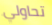
تحاولي